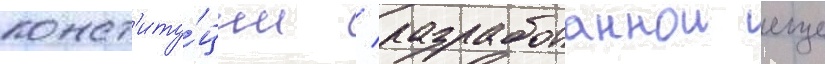
конст'иту́ции / разработаннои еще